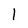
Character: l